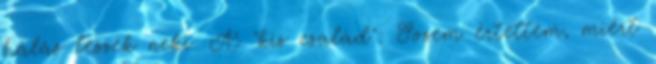
hálás leszek neki. A "kis család": Sosem értettem, miért